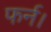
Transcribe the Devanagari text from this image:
फर्न।